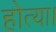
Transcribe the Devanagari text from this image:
होत्या।